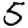
Digit: 5